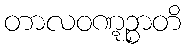
တာလဝဏ္ဋဉ္စာတိ